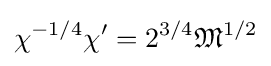
\chi ^{-1/4}\chi '=2^{3/4}{\mathfrak {M}}^{1/2}